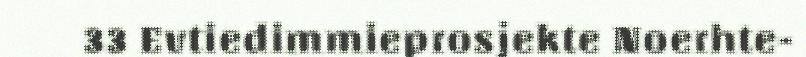
33 Evtiedimmieprosjekte Noerhte-